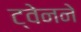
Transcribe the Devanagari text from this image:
ट्वेनने